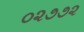
૦૨૭૭૨